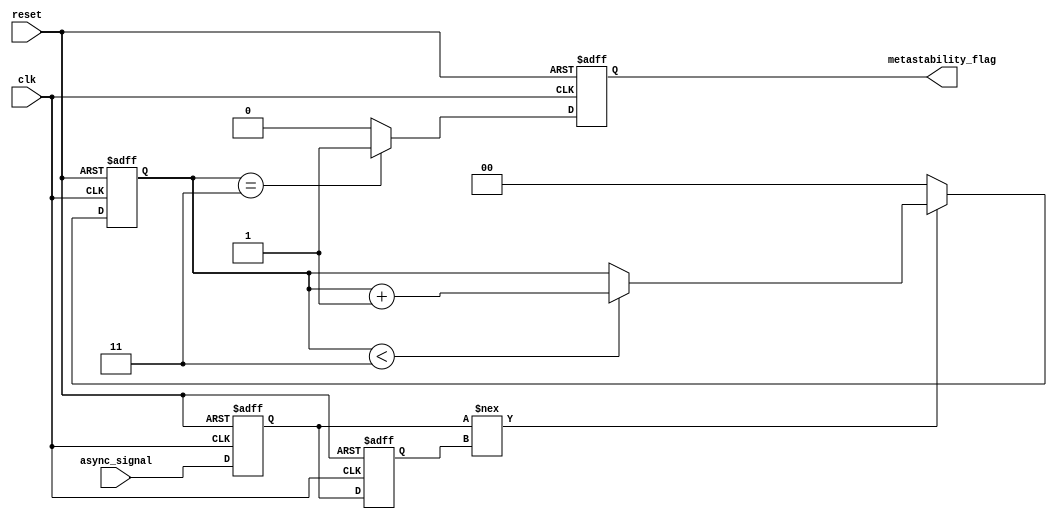
module metastability_detector (
    input wire clk,               // Clock signal
    input wire async_signal,      // Asynchronous input signal
    input wire reset,             // Reset signal
    output reg metastability_flag  // Output flag indicating metastability
);

    // Internal signals
    reg async_signal_d1;          // Output of first flip-flop
    reg async_signal_d2;          // Output of second flip-flop
    reg [1:0] metastability_counter; // Counter to monitor metastability duration

    // Parameters
    parameter METASTABILITY_THRESHOLD = 2'b11; // Define threshold for metastability detection

    // D Flip-Flops to sample the asynchronous signal
    always @(posedge clk or posedge reset) begin
        if (reset) begin
            async_signal_d1 <= 1'b0;
            async_signal_d2 <= 1'b0;
            metastability_counter <= 2'b00;
            metastability_flag <= 1'b0;
        end else begin
            async_signal_d1 <= async_signal; // Sample input signal
            async_signal_d2 <= async_signal_d1; // Sample output of first flip-flop
            
            // Check for metastability based on the output of the first flip-flop
            if (async_signal_d1 !== async_signal_d2) begin
                // Increase the metastability counter
                if (metastability_counter < METASTABILITY_THRESHOLD) begin
                    metastability_counter <= metastability_counter + 1;
                end
            end else begin
                // Reset the counter if the signal is stable
                metastability_counter <= 2'b00;
            end
            
            // Set the metastability flag if the counter exceeds the threshold
            if (metastability_counter == METASTABILITY_THRESHOLD) begin
                metastability_flag <= 1'b1; // Indicate metastability detected
            end else begin
                metastability_flag <= 1'b0; // Clear flag if not metastable
            end
        end
    end

endmodule